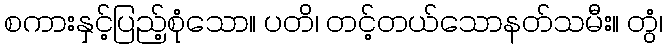
စကားနှင့်ပြည့်စုံသော။ ပတိ၊ တင့်တယ်သောနတ်သမီး။ တွံ၊